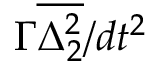
\Gamma \overline { { \Delta _ { 2 } ^ { 2 } } } / d t ^ { 2 }